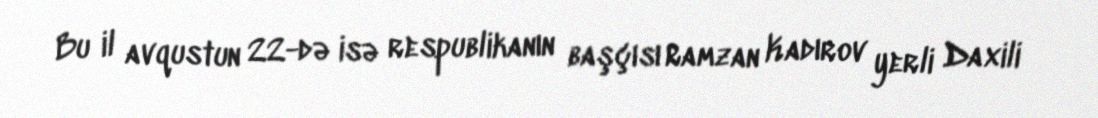
Bu il avqustun 22-də isə respublikanın başçısı Ramzan Kadırov yerli Daxili